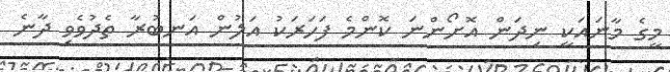
މީގެ މާނައަކީ ނިދަން އޮށޯންނަ ކޮންމެ ފަހަރަކު އަލުން އަނބުރާ ތެދުވެވި ދާނެ